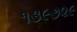
૧૩૯૭૨૯